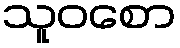
သူဝစော